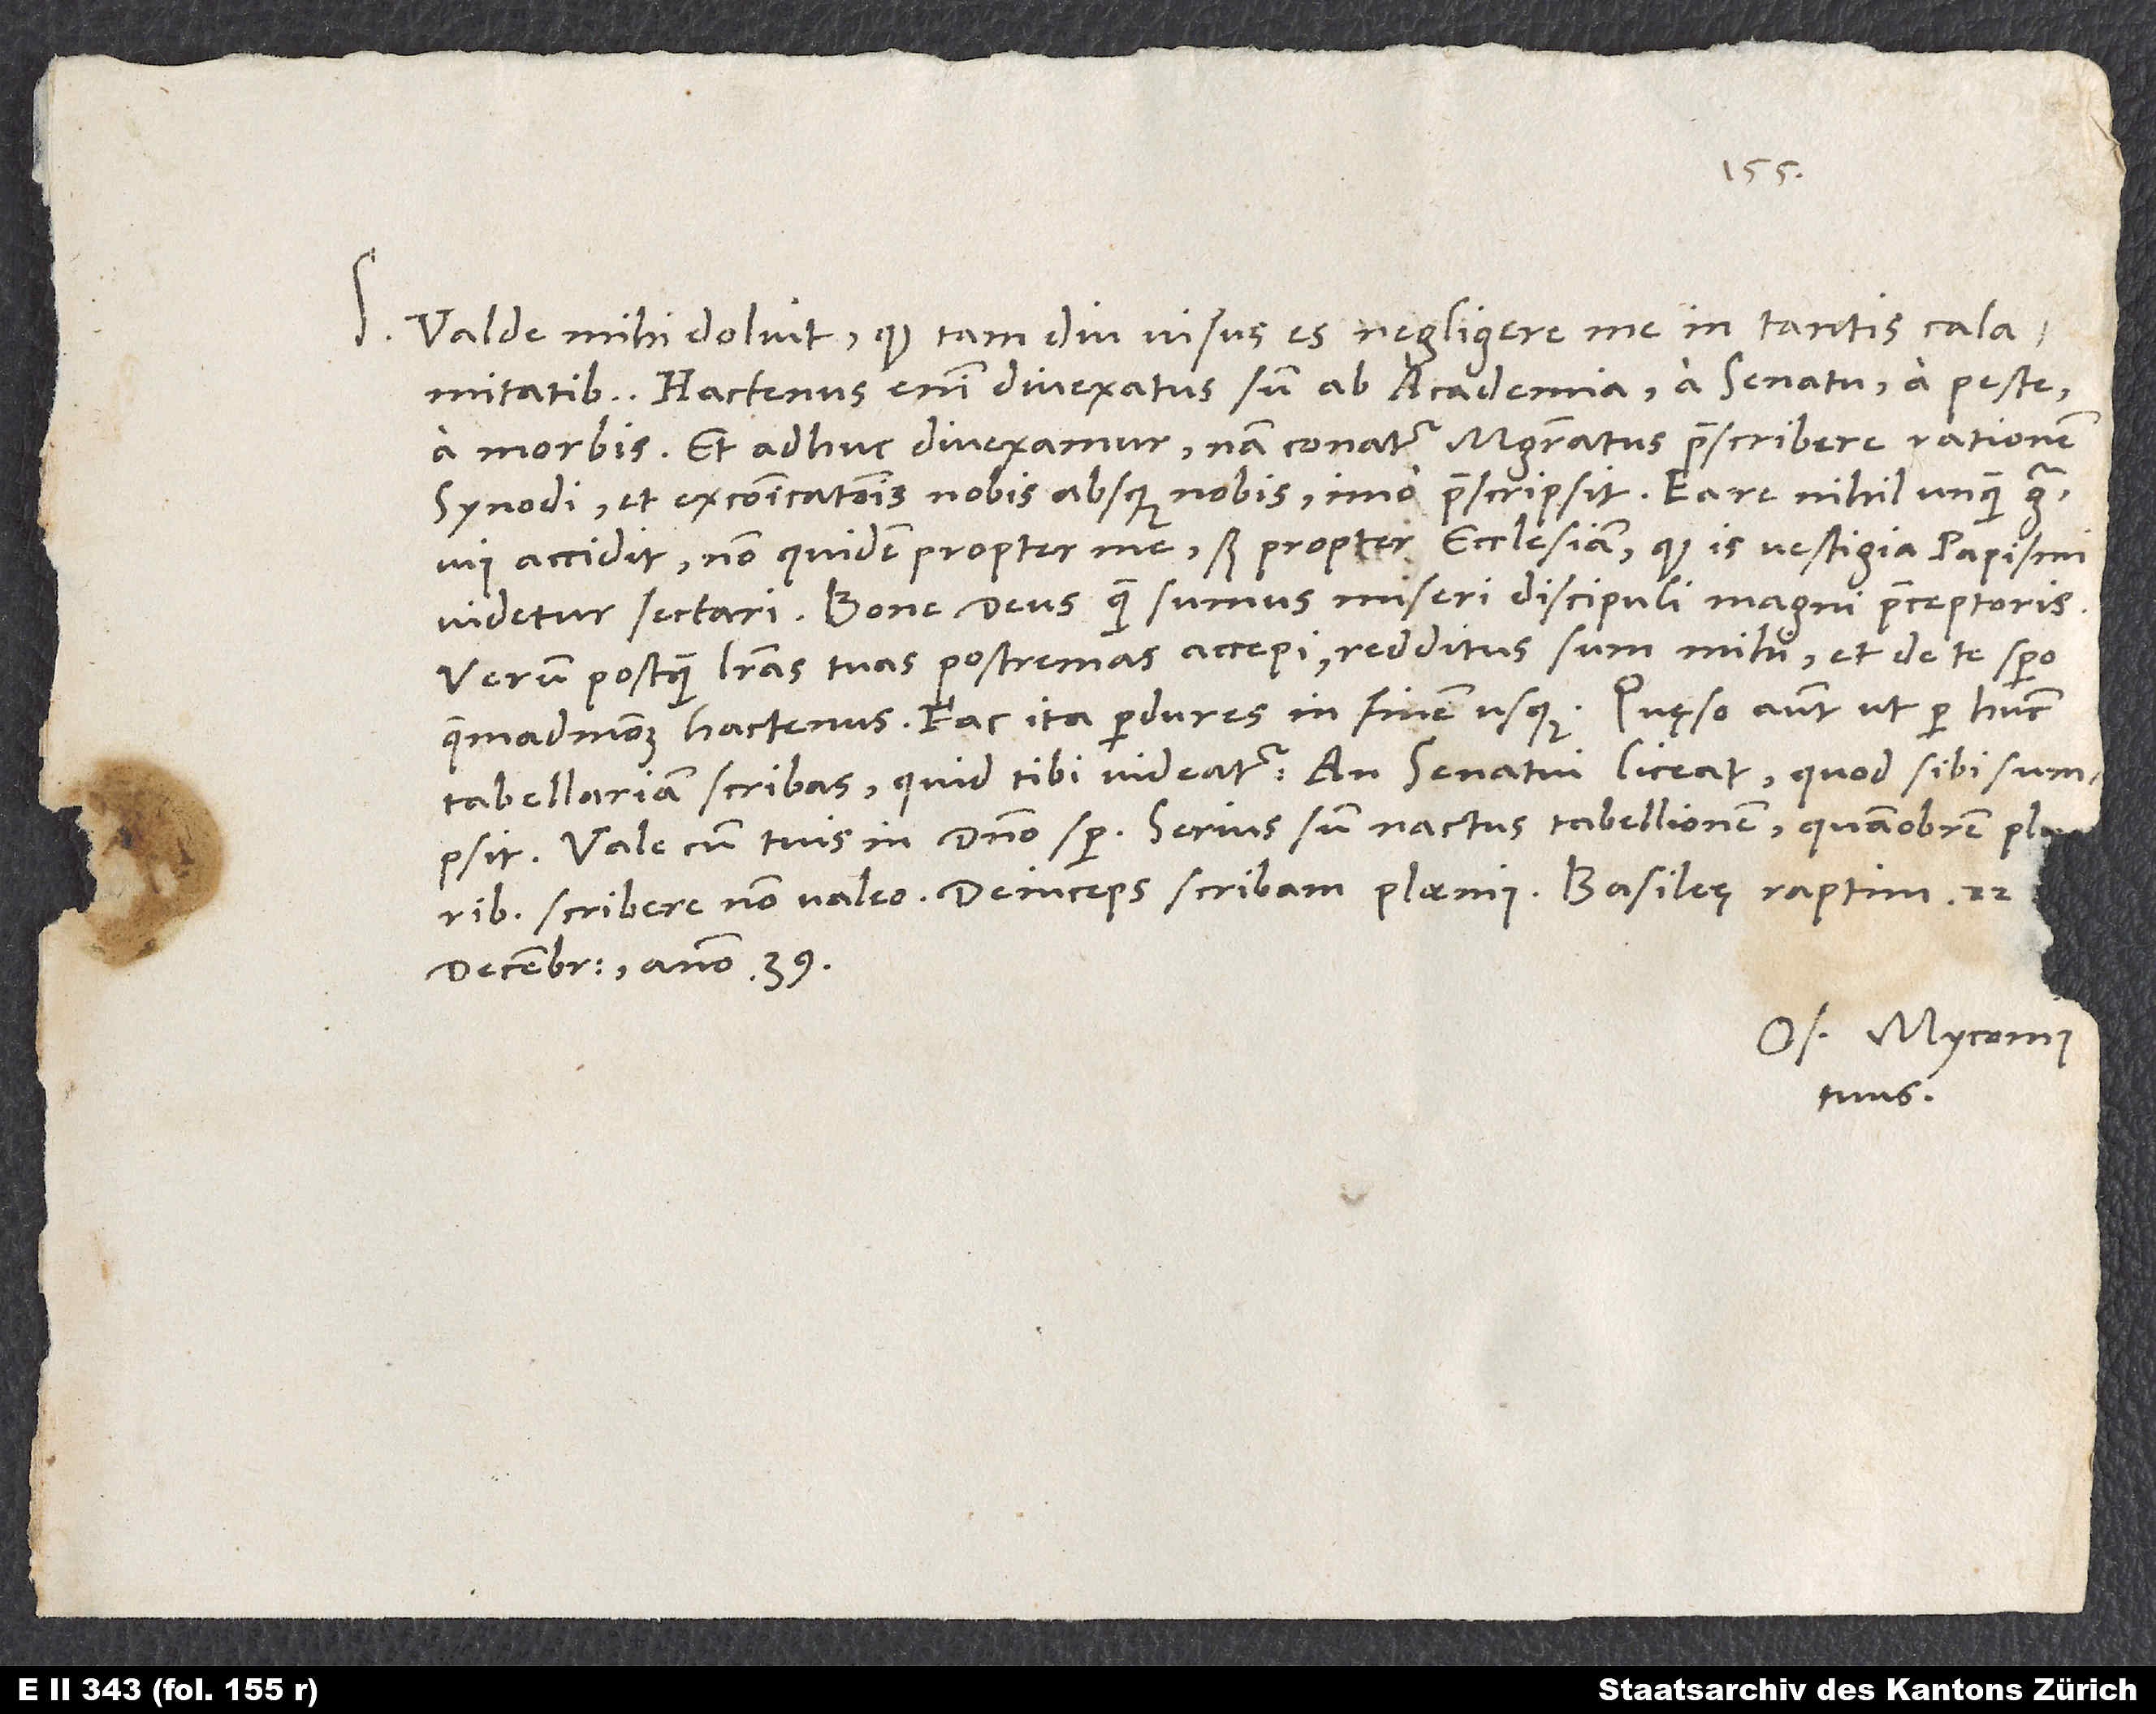
S. Valde mihi doluit, quod tam diu visus es negligere me in tantis calamitatibus;
hactenus enim divexatus sum ab academia, a senatu, a peste,
a morbis. Et adhuc divexamur; nam conatur magistratus praescribere rationem
synodi et excommunicationis nobis absque nobis, imo praescripsit. Ea re nihil unquam gravius
accidit, non quidem propter me, sed propter ecclesiam, quod is vestigia papismi
videtur sectari. Bone deus, quam sumus miseri discipuli magni praeceptoris!
Verum postquam literas tuas postremas accepi, redditus sum mihi et de te spero
quemadmodum hactenus. Fac, ita perdures in finem usque. Quęso autem, ut per hunc
tabellarium scribas, quid tibi videatur, an senatui liceat, quod sibi sumpsit.
Vale cum tuis in domino semper. Serius sum nactus tabellionem, quamobrem pluribus
decembris anno 39.
Os. Myconius
tuus.